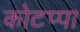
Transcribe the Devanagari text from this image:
कोटप्‍पा